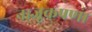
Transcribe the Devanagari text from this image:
नाजूकपणा